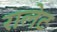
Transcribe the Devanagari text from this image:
रालेट